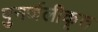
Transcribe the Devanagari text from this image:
पुनर्जलीकृत